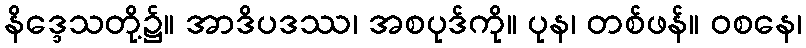
နိဒ္ဒေသတို့၌။ အာဒိပဒဿ၊ အစပုဒ်ကို။ ပုန၊ တစ်ဖန်။ ဝစနေ၊